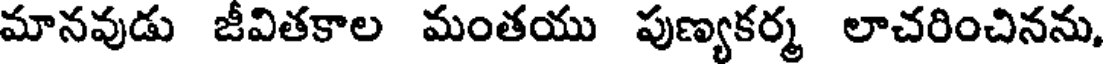
మానవుడు జీవితకాల మంతయు పుణ్యకర్మ లాచరించినను,